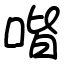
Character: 喈